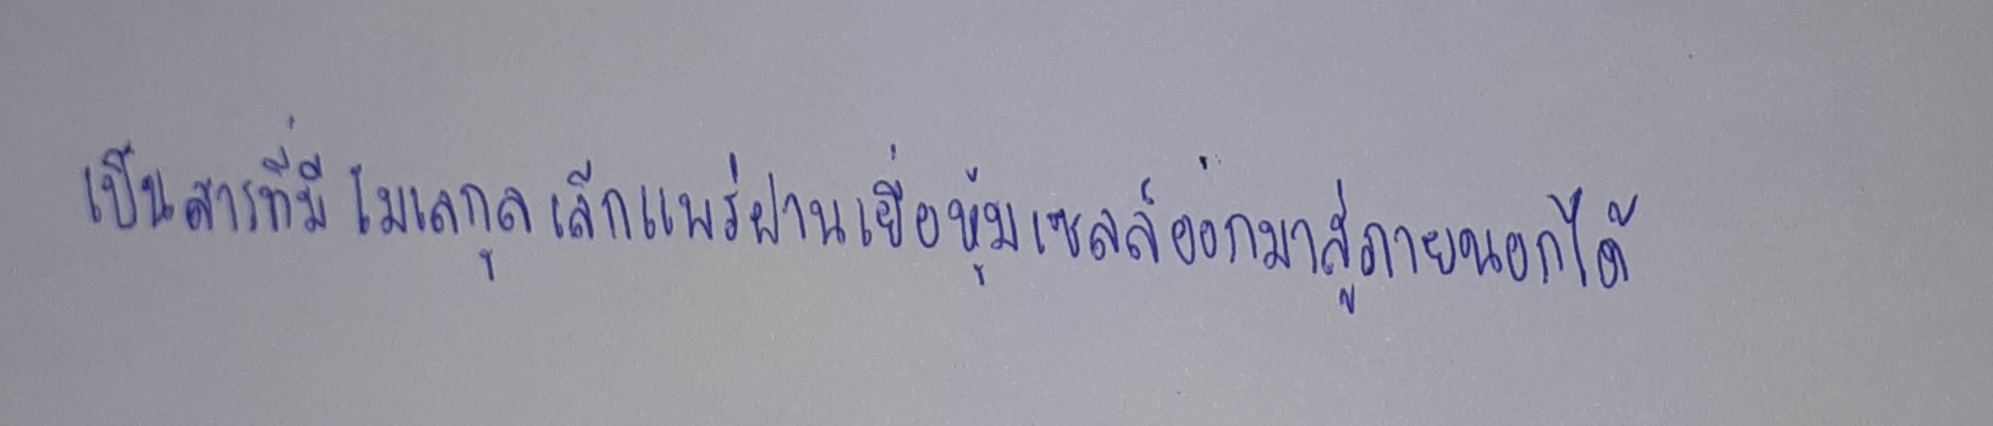
เป็นสารที่มีโมเลกุลเล็กแพร่ผ่านเยื่อหุ้มเซลล์ออกมาสู่น้ำภายนอกได้